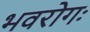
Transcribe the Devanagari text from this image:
भवरोगः